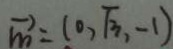
\overrightarrow { m } = ( 0 , \sqrt { 3 } , - 1 )